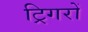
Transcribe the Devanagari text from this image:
ट्रिगरों